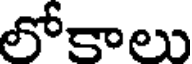
లోకాలు